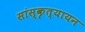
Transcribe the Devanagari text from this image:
सांस्कृत्यायन